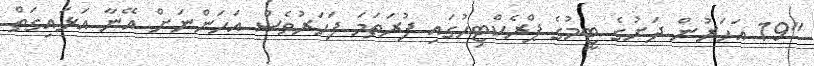
"19 އަހަރުން ދަށުގެ ޓީމުގެ ޕްރެކްޓިހުގައި ފުރަތަމަ ފަހަރުވެސް އަހަންނަށް އޭނާ އަޅައިގަތް